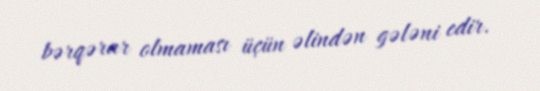
bərqərar olmaması üçün əlindən gələni edir.